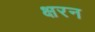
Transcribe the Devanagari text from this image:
क्षरन